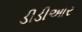
ડીડીઆર